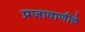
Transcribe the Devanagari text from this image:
प्रजावाणीचे